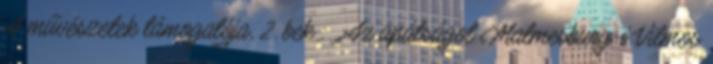
A művészetek támogatója, 2. bek.: „Az apátságot Malmesbury-i Vilmos